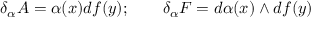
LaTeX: \delta _ { \alpha } A = \alpha ( x ) d f ( y ) ; \qquad \delta _ { \alpha } F = d \alpha ( x ) \wedge d f ( y )